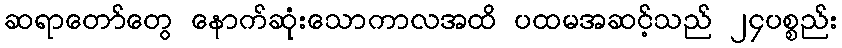
ဆရာတော်တွေ နောက်ဆုံးသောကာလအထိ ပထမအဆင့်သည် ၂၄ပစ္စည်း